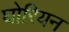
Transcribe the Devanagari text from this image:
घोरियन